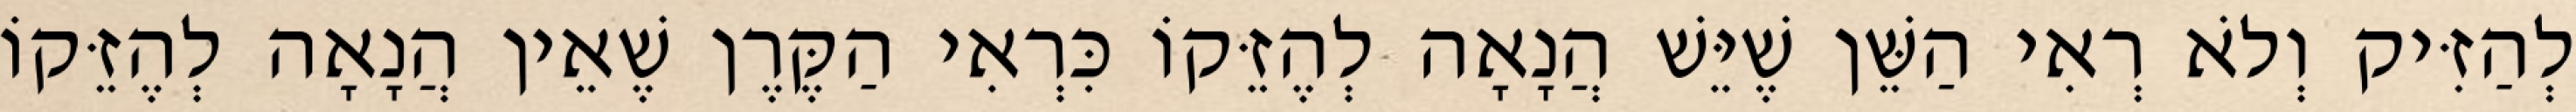
לְהַזִּיק וְלֹא רְאִי הַשֵּׁן שֶׁיֵּשׁ הֲנָאָה לְהֶזֵּקוֹ כִּרְאִי הַקֶּרֶן שֶׁאֵין הֲנָאָה לְהֶזֵּקוֹ